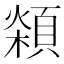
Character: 𩓮